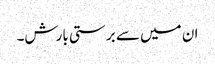
ان میں سے برستی بارش۔